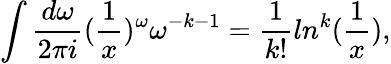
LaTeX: \int\frac{d\omega}{2\pi i}(\frac{1}{x})^{\omega}\omega^{-k-1}=\frac{1}{k!}ln^{k}(\frac{1}{x}),